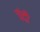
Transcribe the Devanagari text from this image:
चंदी